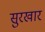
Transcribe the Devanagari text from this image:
सुरखार